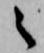
之